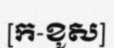
[ក-ខូស]